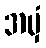
အမှံ